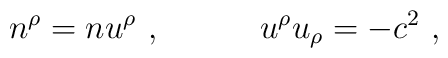
n^\rho= nu^\rho\ ,\qquad\quad  u^\rho u_\rho=-c^2 \ ,